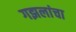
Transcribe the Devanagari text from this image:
गझलांचा